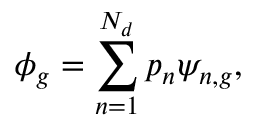
\phi _ { g } = \sum _ { n = 1 } ^ { N _ { d } } p _ { n } \psi _ { n , g } ,